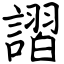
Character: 謵